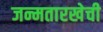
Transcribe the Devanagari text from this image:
जन्मतारखेची